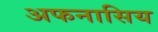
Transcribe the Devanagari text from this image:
अफनासिय